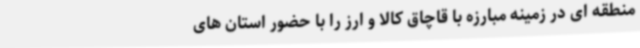
منطقه ای در زمینه مبارزه با قاچاق کالا و ارز را با حضور استان های